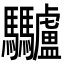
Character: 𩧥